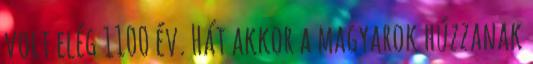
volt elég 1100 év. Hát akkor a magyarok húzzanak